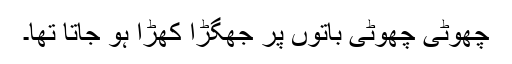
چھوٹی چھوٹی باتوں پر جھگڑا کھڑا ہو جاتا تھا۔